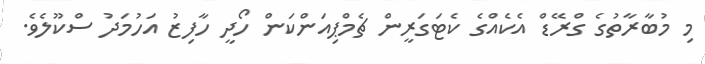
މި މުބާރާތުގެ ގްރޭޑް އެކެއްގެ ކެޓަގަރީން ޗެމްޕިއަންކަން ހޯދީ ހާފިޒު އަހުމަދު ސްކޫލެވެ.